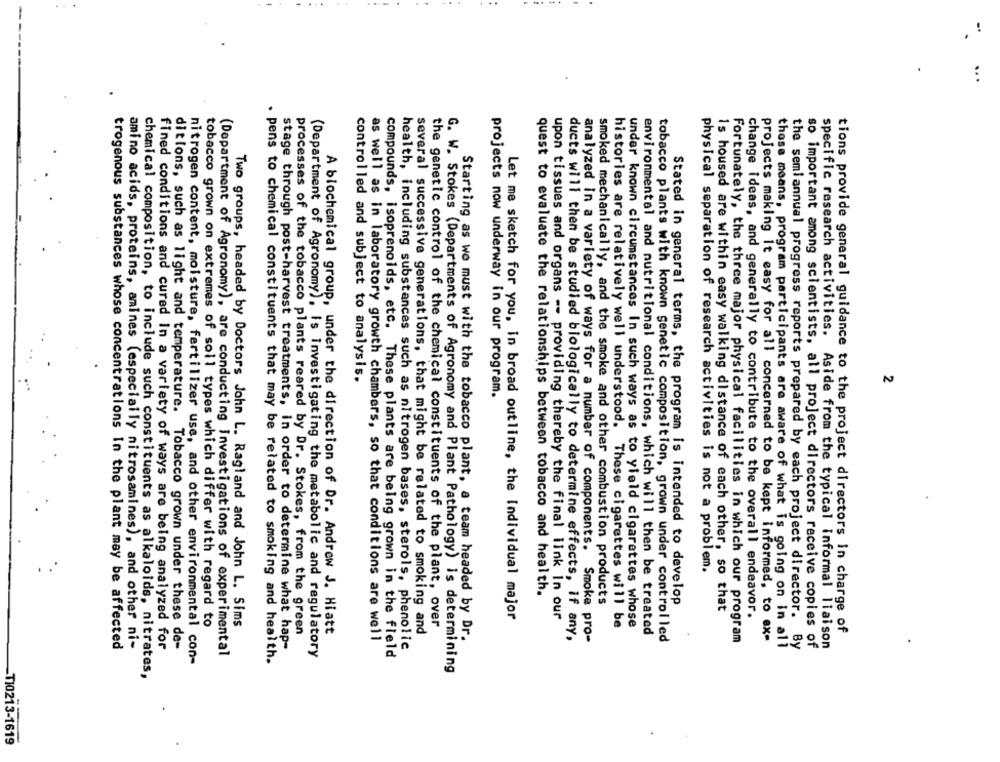
.
controlled and subject to analysis.
2
projects now underway in our program.
analyzed in a variety of ways for a number of components.
physical separation of research activities is not a problem.
quest to evaluate the relationships between tobacco and health.
Stated in general terms, the program is intended to develop
smoked mechanically, and the smoke and other combustion products
1s housed are within easy walking distance of each other, so that
Let me sketch for you, in broad outline, the Individual major
upon tissues and organs -- providing thereby the final link in our
change ideas, and generally to contribute to the overall endeavor.
tobacco grown on extremes of soll types which differ with regard to
Two groups, headed by Doctors John L. Ragland and John L. Sims
histories are relatively well understood. These cigarettes will be
under known circumstances In such ways as to yield cigarettes whose
processes of the tobacco plants reared by Dr. Stokes, from the green
A biochemical group, under the direction of Dr. Andrew J. Hiatt
several successive generations, that might be related to smoking and
the genetic control of the chemical constituents of the plant, over
environmental and nutritional conditions, which will then be treated
tions provide general guidance to the project directors in charge of
Starting as we must with the tobacco plant, a team headed by Dr.
ducts will then be studied biologically to determine effects, if any,
Smoke pro-
tobacco plants with known genetic composition, grown under control led
Fortunately, the three major physical facilities in which our program
projects making it easy for all concerned to be kept informed, to ex-
trogenous substances whose concentrations In the plant may be affected
amino acids, proteins, amines (especially nitrosamines), and other ni-
fined conditions and cured in a variety of ways are being analyzed for
ditions, such as light and temperature. Tobacco grown under these de-
stage through post-harvest treatments, in order to determine what hap-
as well as in laboratory growth chambers, so that conditions are well
health, including substances such as nitrogen bases, sterols, phenolic
those means, program participants are aware of what is going on in all
the semiannual progress reports prepared by each project director. By
so important among scientists, all project directors receive copies of
specific research activities. Aside from the typical informal liaison
(Department of Agronomy), are conducting Investigations of experimental
(Department of Agronomy), Is Investigating the metabolic and regulatory
compounds, isoprenoids, etc. These plants are being grown in the field
nitrogen content, moisture, fertilizer use, and other environmental con-
. pens to chemical constituents that may be related to smoking and health.
G. W. Stokes (Departments of Agronomy and Plant Pathology) is determining
chemical composition, to include such constituents as alkaloids, nitrates,
TI0213-1619